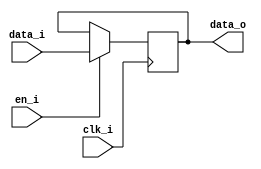
module bsg_dff_en_width_p36
(
  clk_i,
  data_i,
  en_i,
  data_o
);

  input [35:0] data_i;
  output [35:0] data_o;
  input clk_i;
  input en_i;
  reg [35:0] data_o;

  always @(posedge clk_i) begin
    if(en_i) begin
      { data_o[35:0] } <= { data_i[35:0] };
    end 
  end


endmodule